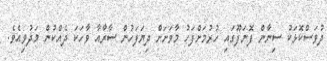
ދުވަސްކޮޅަކު ސިނާން ފޮނަފޫގައި ހުރުމަށްފަހު މާވަށަށް ދިޔަފަހުން ސާރާއާ ވާހަކަ ދެއްކުން މަދުވިއެވެ.